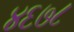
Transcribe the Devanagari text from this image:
४६७८